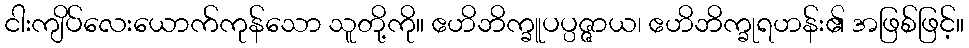
ငါးကျိပ်လေးယောက်ကုန်သော သူတို့ကို။ ဧဟိဘိက္ခူပပ္ပဇ္ဇာယ၊ ဧဟိဘိက္ခုရဟန်း၏ အဖြစ်ဖြင့်။